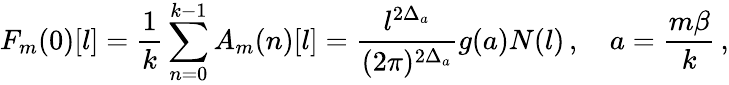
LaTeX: F_{m}(0)[l]=\frac{1}{k}\sum_{n=0}^{k-1}A_{m}(n)[l]=\frac{l^{2\Delta_{a}}}{(2\pi)^{2\Delta_{a}}}g(a)N(l)\, ,\quad a=\frac{m\beta}{k}\, ,